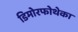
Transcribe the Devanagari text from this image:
डिमोरफोथेका